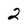
Character: 2